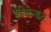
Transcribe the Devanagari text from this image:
इंडिपेन्डंट